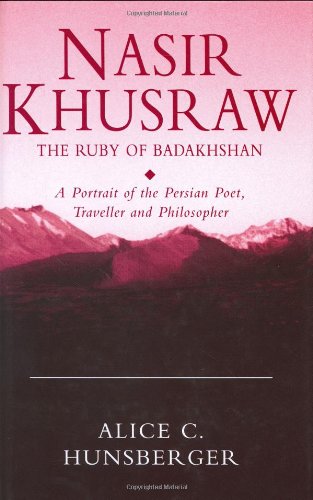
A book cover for Nasir Khusraw: the Ruby of Badakhshan: A Portrait of the Persian Poet, Traveller and Philosopher (Ismaili Heritage); Alice C. Hunsberger; Religion & Spirituality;